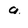
Character: 9